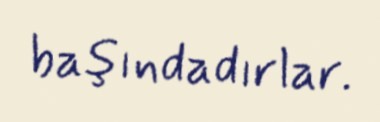
başındadırlar.